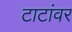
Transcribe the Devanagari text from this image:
टाटांवर